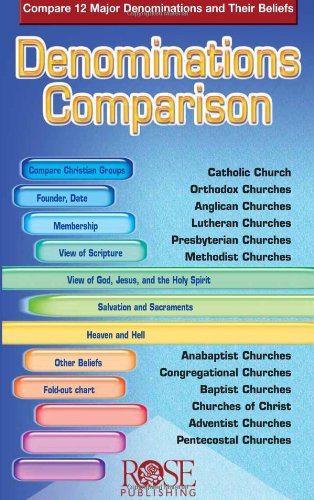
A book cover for Denominations Comparison; Rose Publishing; Christian Books & Bibles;